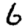
Digit: 6